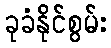
ခုခံနိုင်စွမ်း